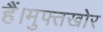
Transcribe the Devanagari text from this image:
हैं।मुफ्तखोर